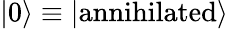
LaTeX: \left|0\right\rangle\equiv\left|\textrm{annihilated}\right\rangle